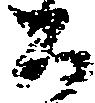
百